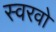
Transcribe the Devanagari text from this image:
स्वरवो